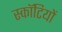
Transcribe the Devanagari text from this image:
स्कॉटियों